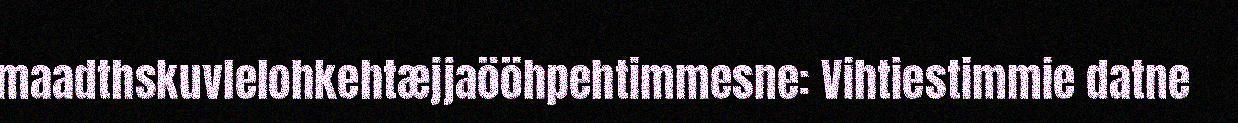
maadthskuvlelohkehtæjjaööhpehtimmesne: Vihtiestimmie datne